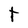
Character: t